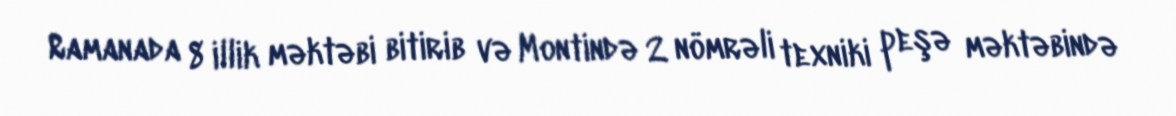
Ramanada 8 illik məktəbi bitirib və Montində 2 nömrəli texniki peşə məktəbində